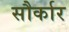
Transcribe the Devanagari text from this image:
सौर्कार